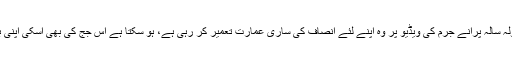
مریم نواز کو ایک لمحے کے لئے بھی اللہ کا خوف نہ آیا کہ جس جج کے سولہ سالہ پرانے جرم کی ویڈیو پر وہ اپنے لئے انصاف کی ساری عمارت تعمیر کر رہی ہے، ہو سکتا ہے اس جج کی بھی اسکی اپنی بیٹی ماہ نور جیسی کوئی بیٹی ہوگی جو اپنے باپ سے بہت پیار کرتی ہو گی۔